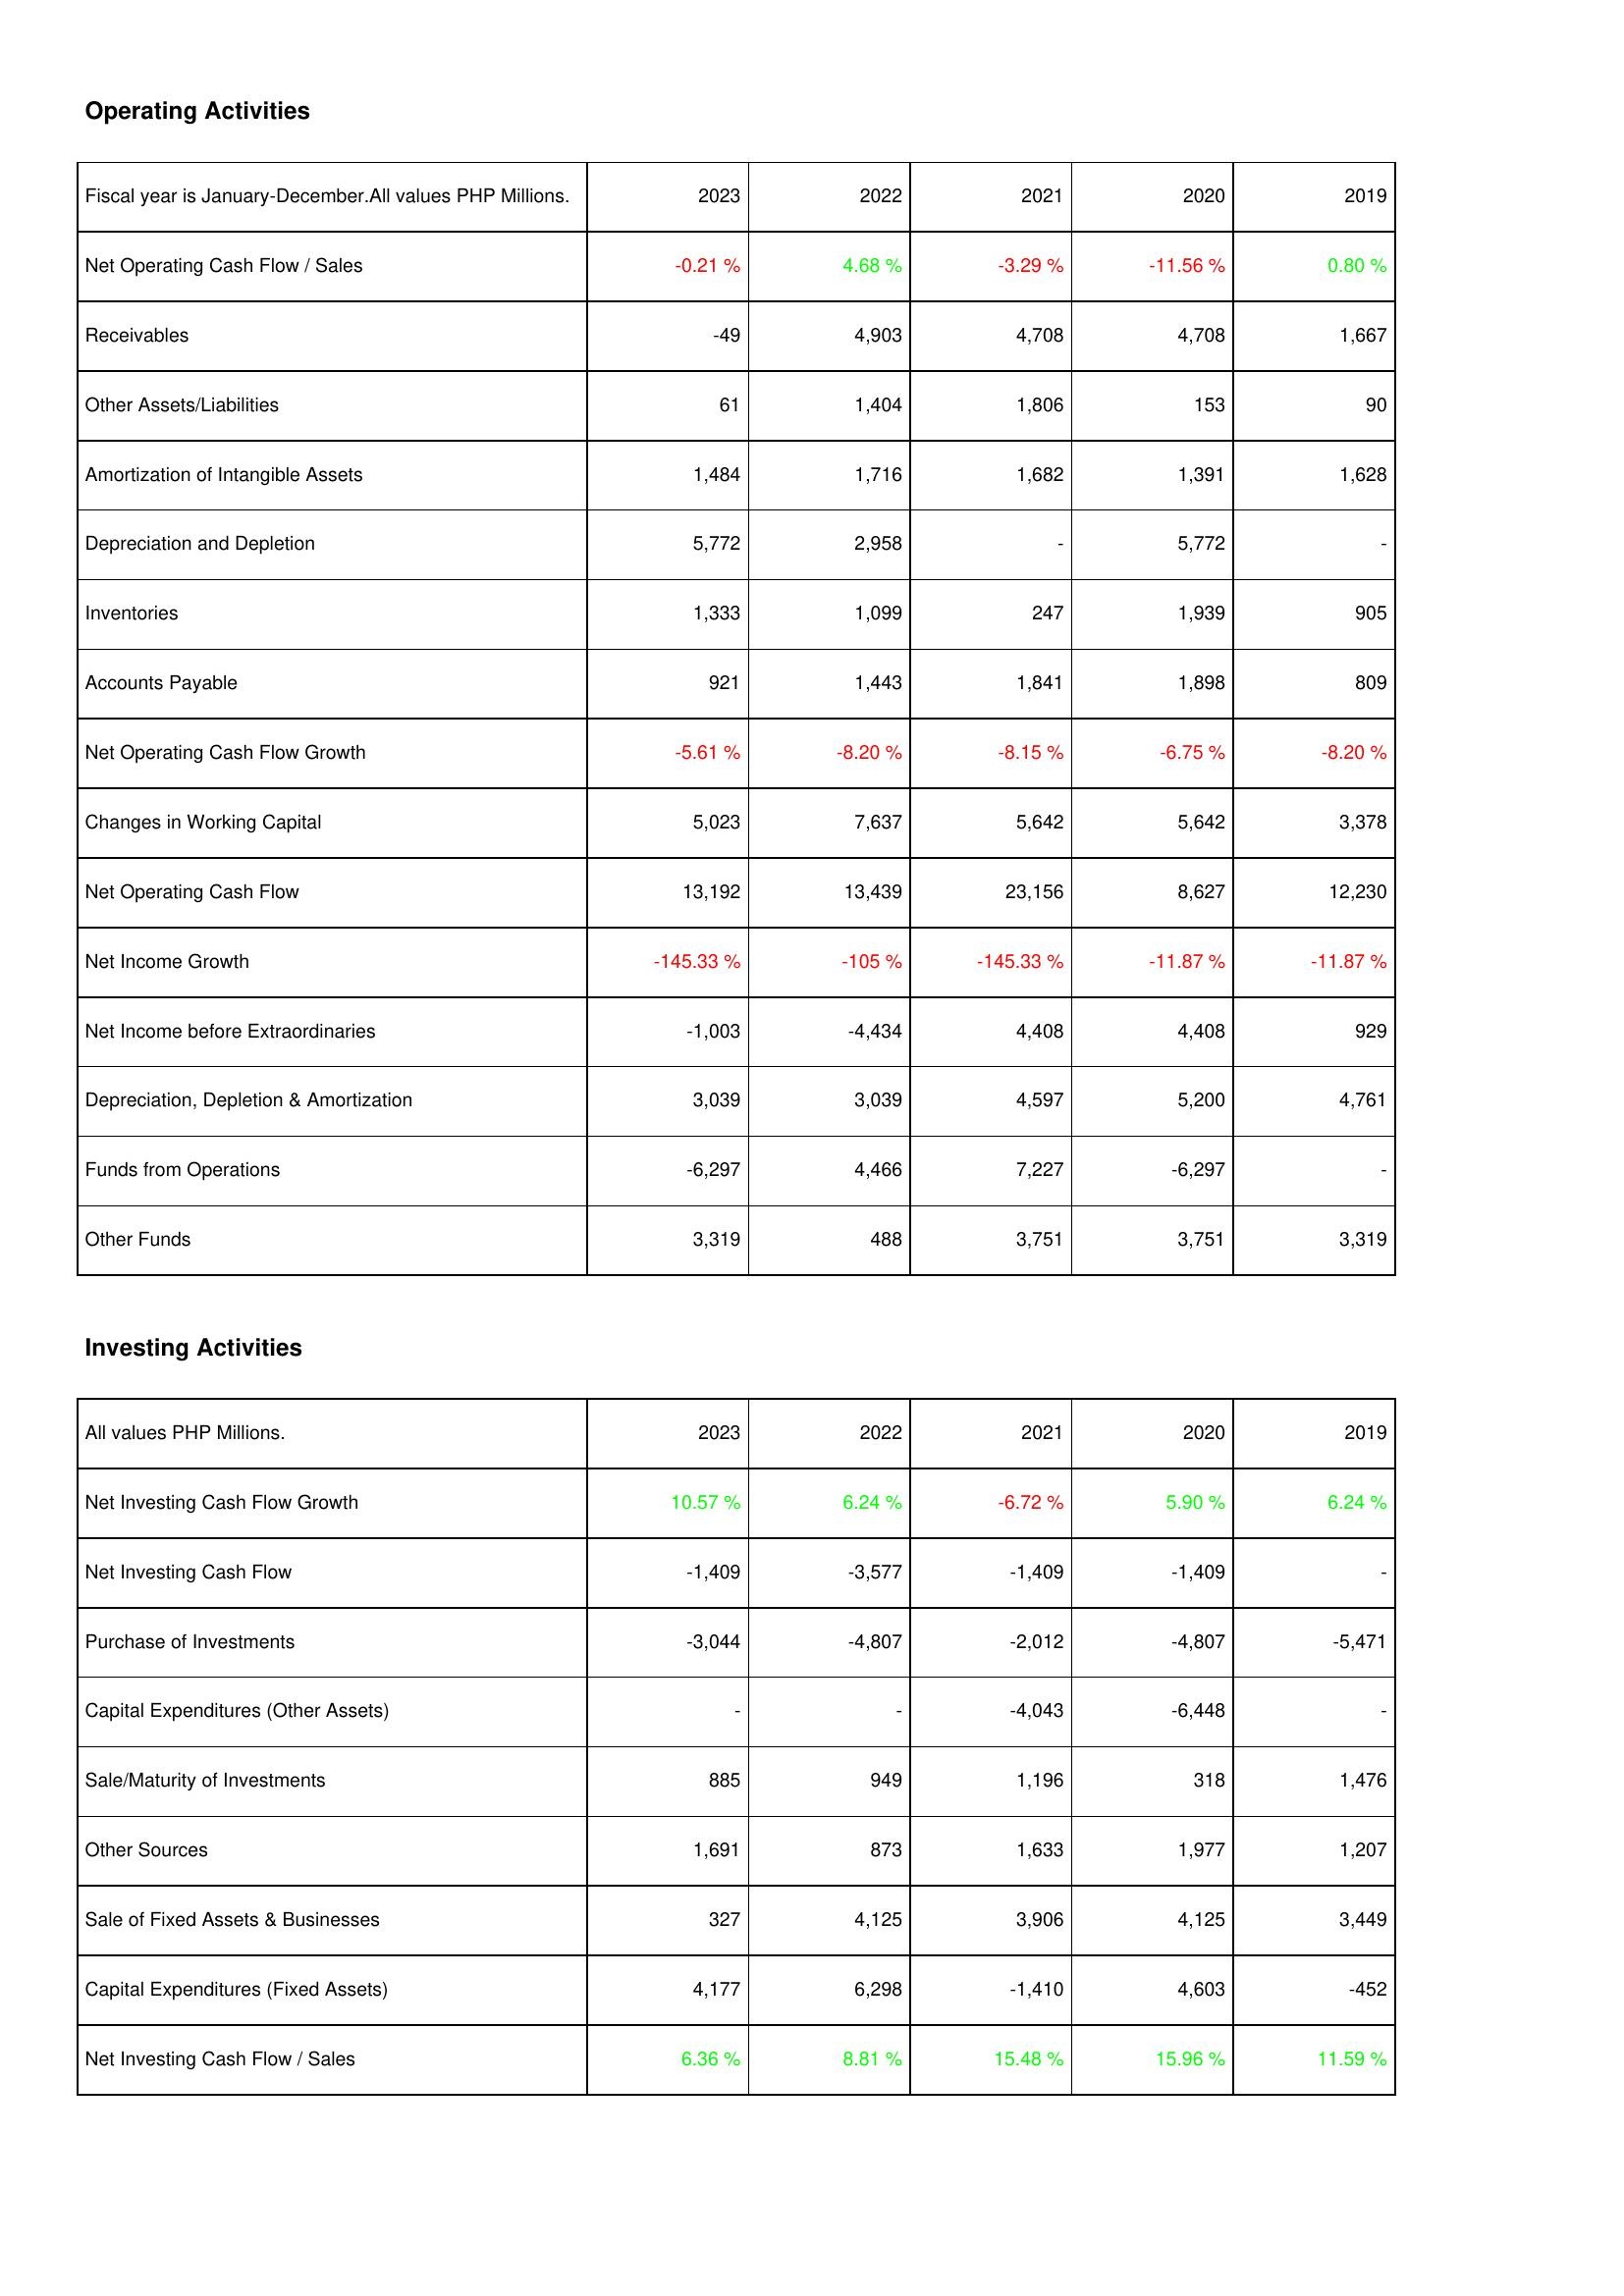
2023: Operating Activities: Net Operating Cash Flow / Sales: -0.21 %
Receivables: -49
Other Assets/Liabilities: 61
Amortization of Intangible Assets: 1,484
Depreciation and Depletion: 5,772
Inventories: 1,333
Accounts Payable: 921
Net Operating Cash Flow Growth: -5.61 %
Changes in Working Capital: 5,023
Net Operating Cash Flow: 13,192
Net Income Growth: -145.33 %
Net Income before Extraordinaries: -1,003
Depreciation, Depletion & Amortization: 3,039
Funds from Operations: -6,297
Other Funds: 3,319
Investing Activities: Net Investing Cash Flow Growth: 10.57 %
Net Investing Cash Flow: -1,409
Purchase of Investments: -3,044
Capital Expenditures (Other Assets): -
Sale/Maturity of Investments: 885
Other Sources: 1,691
Sale of Fixed Assets & Businesses: 327
Capital Expenditures (Fixed Assets): 4,177
Net Investing Cash Flow / Sales: 6.36 %
2022: Operating Activities: Net Operating Cash Flow / Sales: 4.68 %
Receivables: 4,903
Other Assets/Liabilities: 1,404
Amortization of Intangible Assets: 1,716
Depreciation and Depletion: 2,958
Inventories: 1,099
Accounts Payable: 1,443
Net Operating Cash Flow Growth: -8.20 %
Changes in Working Capital: 7,637
Net Operating Cash Flow: 13,439
Net Income Growth: -105 %
Net Income before Extraordinaries: -4,434
Depreciation, Depletion & Amortization: 3,039
Funds from Operations: 4,466
Other Funds: 488
Investing Activities: Net Investing Cash Flow Growth: 6.24 %
Net Investing Cash Flow: -3,577
Purchase of Investments: -4,807
Capital Expenditures (Other Assets): -
Sale/Maturity of Investments: 949
Other Sources: 873
Sale of Fixed Assets & Businesses: 4,125
Capital Expenditures (Fixed Assets): 6,298
Net Investing Cash Flow / Sales: 8.81 %
2021: Operating Activities: Net Operating Cash Flow / Sales: -3.29 %
Receivables: 4,708
Other Assets/Liabilities: 1,806
Amortization of Intangible Assets: 1,682
Depreciation and Depletion: -
Inventories: 247
Accounts Payable: 1,841
Net Operating Cash Flow Growth: -8.15 %
Changes in Working Capital: 5,642
Net Operating Cash Flow: 23,156
Net Income Growth: -145.33 %
Net Income before Extraordinaries: 4,408
Depreciation, Depletion & Amortization: 4,597
Funds from Operations: 7,227
Other Funds: 3,751
Investing Activities: Net Investing Cash Flow Growth: -6.72 %
Net Investing Cash Flow: -1,409
Purchase of Investments: -2,012
Capital Expenditures (Other Assets): -4,043
Sale/Maturity of Investments: 1,196
Other Sources: 1,633
Sale of Fixed Assets & Businesses: 3,906
Capital Expenditures (Fixed Assets): -1,410
Net Investing Cash Flow / Sales: 15.48 %
2020: Operating Activities: Net Operating Cash Flow / Sales: -11.56 %
Receivables: 4,708
Other Assets/Liabilities: 153
Amortization of Intangible Assets: 1,391
Depreciation and Depletion: 5,772
Inventories: 1,939
Accounts Payable: 1,898
Net Operating Cash Flow Growth: -6.75 %
Changes in Working Capital: 5,642
Net Operating Cash Flow: 8,627
Net Income Growth: -11.87 %
Net Income before Extraordinaries: 4,408
Depreciation, Depletion & Amortization: 5,200
Funds from Operations: -6,297
Other Funds: 3,751
Investing Activities: Net Investing Cash Flow Growth: 5.90 %
Net Investing Cash Flow: -1,409
Purchase of Investments: -4,807
Capital Expenditures (Other Assets): -6,448
Sale/Maturity of Investments: 318
Other Sources: 1,977
Sale of Fixed Assets & Businesses: 4,125
Capital Expenditures (Fixed Assets): 4,603
Net Investing Cash Flow / Sales: 15.96 %
2019: Operating Activities: Net Operating Cash Flow / Sales: 0.80 %
Receivables: 1,667
Other Assets/Liabilities: 90
Amortization of Intangible Assets: 1,628
Depreciation and Depletion: -
Inventories: 905
Accounts Payable: 809
Net Operating Cash Flow Growth: -8.20 %
Changes in Working Capital: 3,378
Net Operating Cash Flow: 12,230
Net Income Growth: -11.87 %
Net Income before Extraordinaries: 929
Depreciation, Depletion & Amortization: 4,761
Funds from Operations: -
Other Funds: 3,319
Investing Activities: Net Investing Cash Flow Growth: 6.24 %
Net Investing Cash Flow: -
Purchase of Investments: -5,471
Capital Expenditures (Other Assets): -
Sale/Maturity of Investments: 1,476
Other Sources: 1,207
Sale of Fixed Assets & Businesses: 3,449
Capital Expenditures (Fixed Assets): -452
Net Investing Cash Flow / Sales: 11.59 %